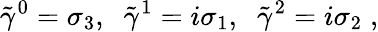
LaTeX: {\tilde{\gamma}}^{0}=\sigma_{3},\; \; {\tilde{\gamma}}^{1}=i\sigma_{1},\; \; {\tilde{\gamma}}^{2}=i\sigma_{2}\; ,